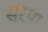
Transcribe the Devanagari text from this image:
सुरपा